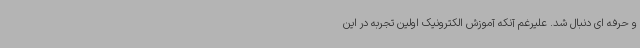
و حرفه ای دنبال شد. علیرغم آنکه آموزش الکترونیک اولین تجربه در این